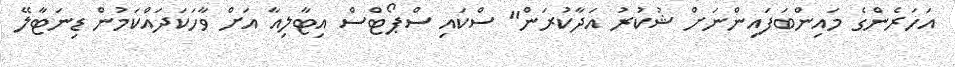
އަހަރެންގެ މައިންބަފައިންނަށް ޝުކުރު އަދާކުރަން" ސްކައި ސްޕޯޓްސް އިޓާލިއާ އަށް ވާހަކަދައްކަމުން ޑިނަޓާލޭ